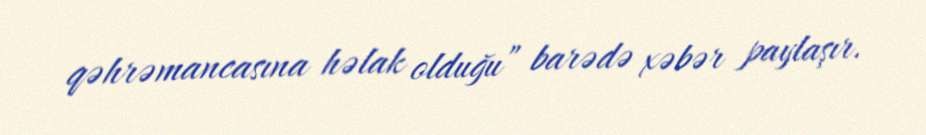
qəhrəmancasına həlak olduğu” barədə xəbər paylaşır.